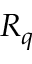
R _ { q }